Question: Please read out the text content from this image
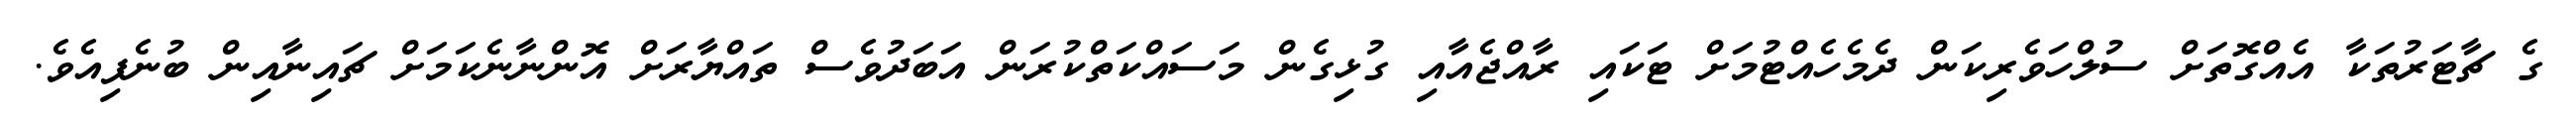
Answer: ގެ ޗާޓަރުތަކާ އެއްގޮތަށް ސުލްހަވެރިކަން ދެމެހެއްޓުމަށް ޓަކައި ރާއްޖެއާއި ގުޅިގެން މަސައްކަތްކުރަން އަބަދުވެސް ތައްޔާރަށް އޮންނާނެކަމަށް ޗައިނާއިން ބުނެފިއެވެ.